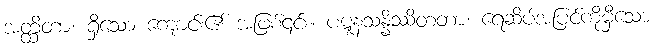
အတ္ထိတာ၊ ရှိသော ကျောင်း၏ အဖြစ်၎င်း။ ပဋ္ဋနသန္နိဿိတတာ၊ ရေဆိပ်အပြင်ကိုမှီသော